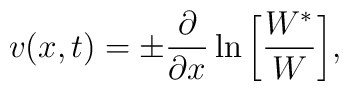
v(x,t) = \pm {\partial\over \partial x}\ln \bigg [{W^*\over W} \bigg ],